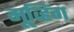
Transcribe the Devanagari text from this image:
मूव्हिंग